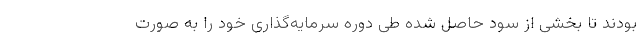
بودند تا بخشی از سود حاصل شده طی دوره سرمایه‌گذاری خود را به صورت